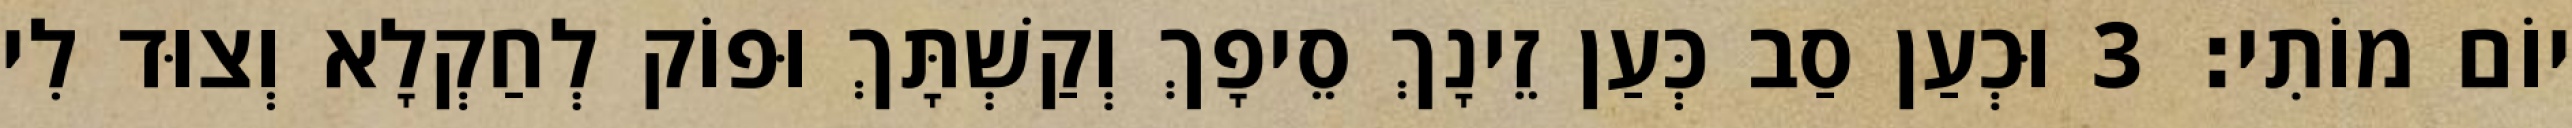
יוֹם מוֹתִי׃ 3 וּכְעַן סַב כְּעַן זֵינָךְ סֵיפָךְ וְקַשְׁתָּךְ וּפוֹק לְחַקְלָא וְצוּד לִי